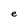
Character: e